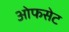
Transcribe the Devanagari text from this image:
ओफसेट